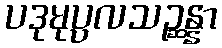
ပဒုမုပ္ပလသဉ္ဆန္နာ